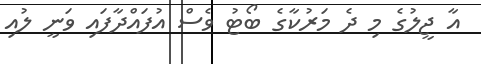
އާ ޖީލުގެ މި ދެ މަރުކާގެ ބޯޓު ވެސް އުފައްދާފައި ވަނީ ލުއި